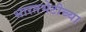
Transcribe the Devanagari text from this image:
भारतभेटीच्या